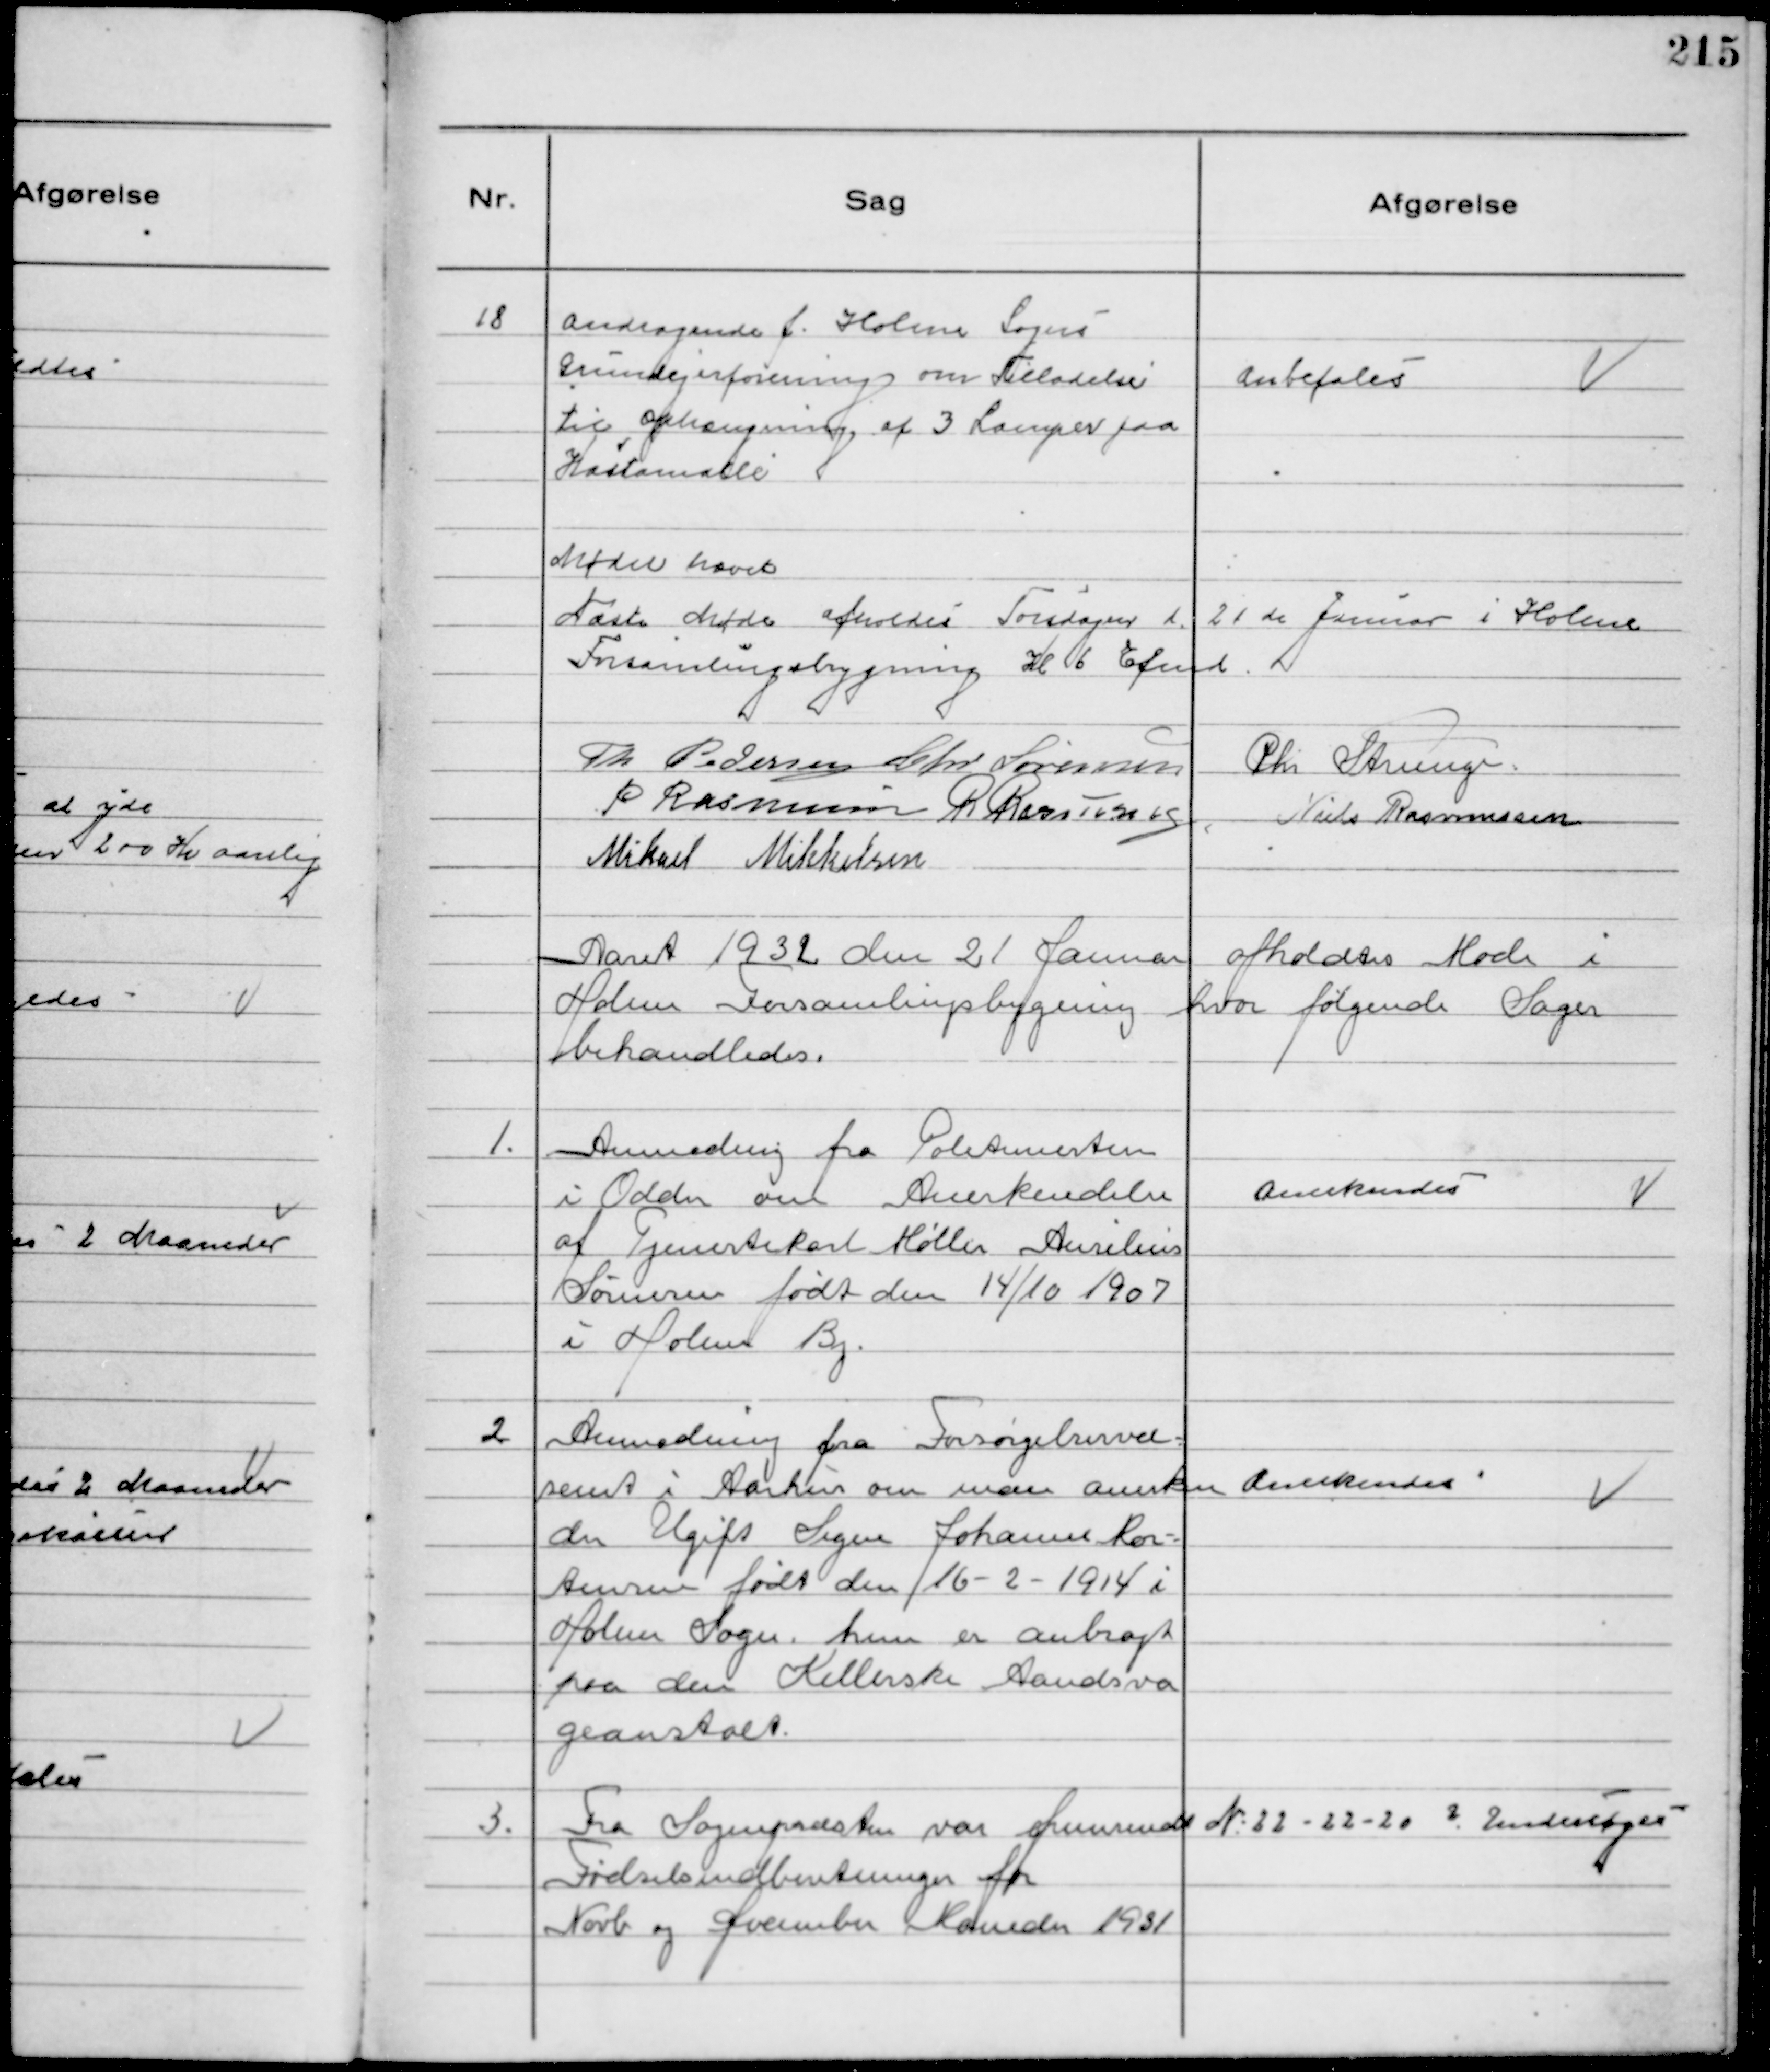
Transskription:
18
Andragende f. Holme Sogns
Grundejerforening om Tilladelse
til Ophængning af 3 Lamper paa
Kastaniealle

Anbefales

Mødet hævet
Næste Møde afholdes Torsdagen d. 21de Januar i Holme
Forsamlingsbygning Kl 6 Efmd.
Th Pedersen Chr Sørensen Chr Strunge.
P Rasmussen R Rasmussen 
Niels Rasmussen
Mikael Mikkelsen

Aaret 1932 den 21 Januar afholdtes Møde i
Holme Forsamlingsbygning hvor følgende Sager
behandledes.

1.
Anmodning fra Politimesteren
i Odder om Anerkendelse
af Tjenestekarl Møller Aurelius
Sørensen født den 14/10 1907
i Holme By.

Anerkendes

2
Anmodning fra Forsørgelsesvæ-
senet i Aarhus om man anerken
der Ugift Signe Johanne Mor-
tensen født den 16-2-1914 i
Holme Sogn. hun er anbragt
paa den Kellerske Aandsva
geanstalt.

Anerkendes

3.
Fra Sognepræsten var fremsendt
Fødselsindberetninger for
Novb og December Maaneder 1931

№ 22 - 22 - 20 ? Undersøges